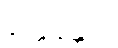
နိတ္ထုနန္တာပိ